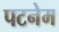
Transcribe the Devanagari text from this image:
पटनेम